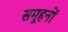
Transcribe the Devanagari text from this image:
समूहनों